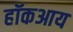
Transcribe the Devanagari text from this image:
हॉकआय